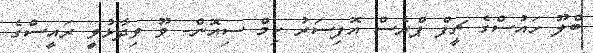
ބްލޫ ހައުސްގެ ޗީފް ޕްރެސް އޮފިސަރު ކިމް ސިއޮން- ވޫ ވިދާޅުވީ ރައީސްގެ